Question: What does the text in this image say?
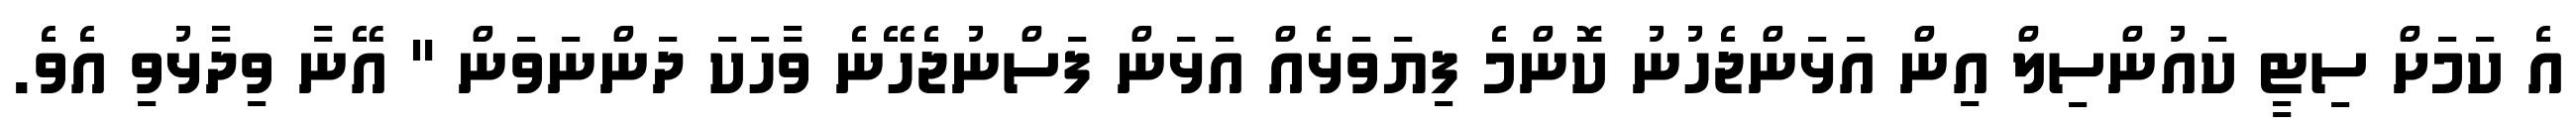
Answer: އެ ކަމަށް ސިޓީ ކައުންސިލް އިން އަޅަންޖެހުނު ކޮންމެ ފިޔަވަޅެއް އަޅަން ފަސްނުޖެހޭނެ ވާހަކަ ދަންނަވަން " އޭނާ ވިދާޅުވި އެވެ.